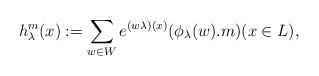
LaTeX: \begin{align*}h_{\lambda}^{m}(x):=\sum_{w \in W}e^{(w\lambda)(x)}(\phi_{\lambda}(w).m) (x \in L), \end{align*}